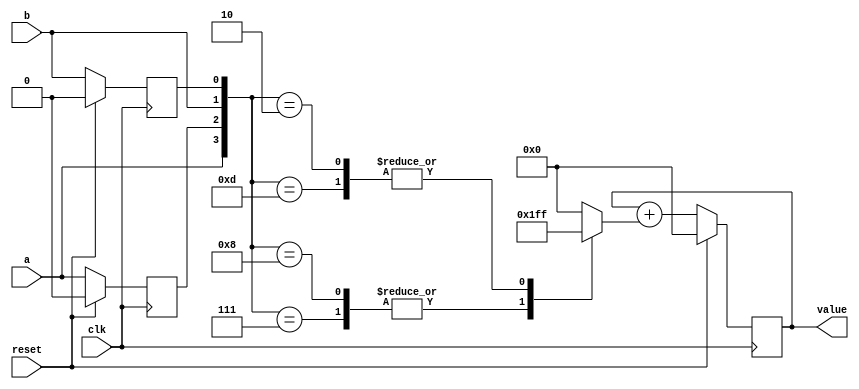
`default_nettype none
`timescale 1ns/1ns
module encoder (
    input clk,
    input reset,
    input a,
    input b,
    output reg [7:0] value
);

reg old_a;
reg old_b;

wire [3:0] inputs = {a, old_a, b, old_b};
reg [7:0] delta;

always @(*) begin
    case (inputs)
        4'b1000,
        4'b0111: delta <= 8'd1;
        4'b0010,
        4'b1101: delta <= 8'd255;
        default: delta <= 0;
    endcase
end

always @(posedge clk) begin
    if (reset) begin
        old_a <= 0;
        old_b <= 0;
        value <= 0;
    end else begin
        value <= value + delta;
        old_a <= a;
        old_b <= b;
    end
end

endmodule